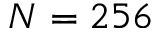
N = 2 5 6